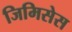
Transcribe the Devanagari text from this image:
जिमिसेस